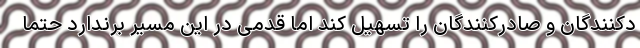
دکنندگان و صادرکنندگان را تسهیل کند اما قدمی در این مسیر برندارد حتماً